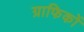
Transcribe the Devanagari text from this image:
ग्राफिकों